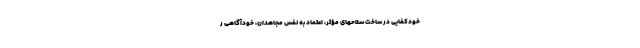
خودکفایی در ساخت سلاحهای مؤثّر، اعتماد به نفس مجاهدان، خودآگاهی ر